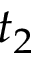
t _ { 2 }